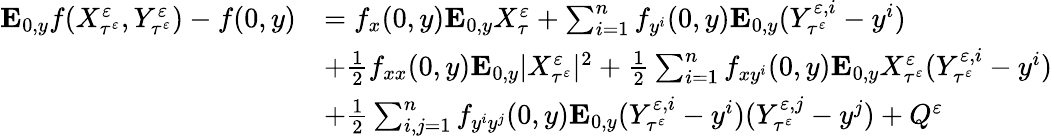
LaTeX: \begin{array}{rl}{\mathbf{E}_{0,y}f(X_{\tau^{\varepsilon}}^{\varepsilon},Y_{\tau^{\varepsilon}}^{\varepsilon})-f(0,y)}&{=f_{x}(0,y)\mathbf{E}_{0,y}X_{\tau}^{\varepsilon}+\sum_{i=1}^{n}f_{y^{i}}(0,y)\mathbf{E}_{0,y}(Y_{\tau^{\varepsilon}}^{\varepsilon,i}-y^{i})}\\ &{+\frac{1}{2}f_{xx}(0,y)\mathbf{E}_{0,y}|X_{\tau^{\varepsilon}}^{\varepsilon}|^{2}+\frac{1}{2}\sum_{i=1}^{n}f_{xy^{i}}(0,y)\mathbf{E}_{0,y}X_{\tau^{\varepsilon}}^{\varepsilon}(Y_{\tau^{\varepsilon}}^{\varepsilon,i}-y^{i})}\\ &{+\frac 12\sum_{i,j=1}^{n}f_{y^{i}y^{j}}(0,y)\mathbf{E}_{0,y}(Y_{\tau^{\varepsilon}}^{\varepsilon,i}-y^{i})(Y_{\tau^{\varepsilon}}^{\varepsilon,j}-y^{j})+Q^{\varepsilon}}\end{array}